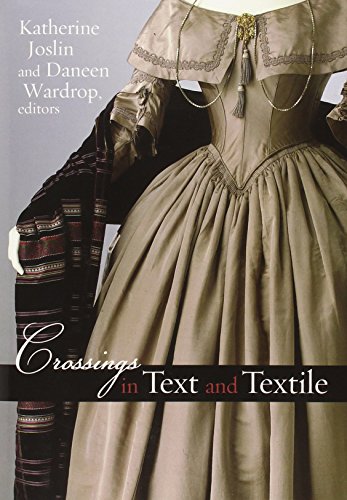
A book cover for Crossings in Text and Textile (Becoming Modern/Reading Dress); Literature & Fiction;